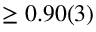
\ge 0 . 9 0 ( 3 )